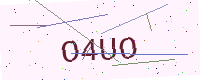
Text: O4UO